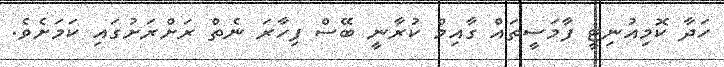
ހަދާ ކޮމިއުނިޓީ ފާމަސީތައް ގާއިމް ކުރާނީ ބޭސް ފިހާރަ ނެތް ރަށްރަށުގައި ކަމަށެވެ.